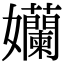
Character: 孏